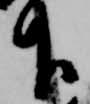
下